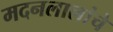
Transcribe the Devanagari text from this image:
मदनलालांचे